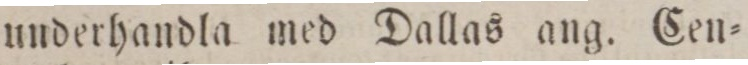
underhandla med Dallas ang. Cen=